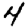
Digit: 4